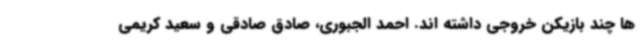
ها چند بازیکن خروجی داشته اند. احمد الجبوری، صادق صادقی و سعید کریمی